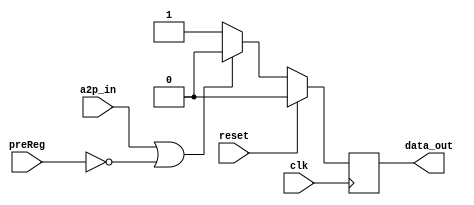
module ns_ctrl(clk,reset,a2p_in,preReg,data_out);
input clk;
input reset;
input a2p_in;
input [31:0] preReg;

output data_out;

wire clk;
wire reset;
wire a2p_in;
wire [31:0] preReg;

reg data_out;


always@(posedge clk)
   begin
     if(reset == 1)
   		data_out <= 0;
	else if(a2p_in == 1 || preReg == 0 )
		data_out <= 0;
	else
		data_out <= 1;
   end
   
   
endmodule